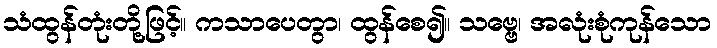
သံထွန်တုံးတို့ဖြင့်။ ကသာပေတွာ၊ ထွန်စေ၍။ သဗ္ဗေ၊ အလုံးစုံကုန်သော